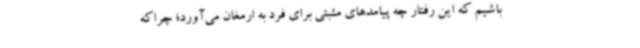
باشیم که این رفتار چه پیامدهای مثبتی برای فرد به ارمغان می‌آورد؛ چراکه